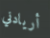
أريادني